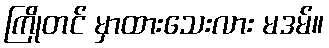
ကြိုတင် မှာထားသေးလား မဒမ်။